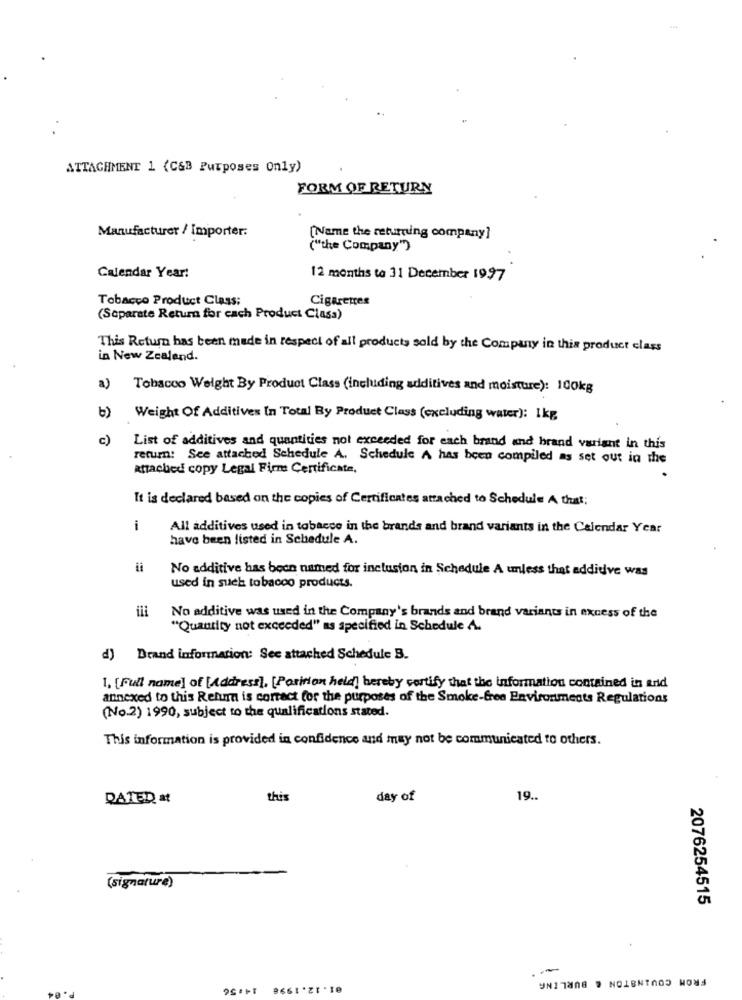
ATTACHMENT 1 (C&B Purposes Only)
FORM OF RETURN
Manufacturer / Importer:
[Name the returning company]
("the Company")
Calendar Year:
12 months to 31 December 1997
Tobacco Product Class:
Cigarettes
(Separate Return for cach Product Class)
This Return has been made in respect of all products sold by the Company in this product class
in New Zealand.
a)
Tobacco Weight By Product Class (including additives and moisture): 100kg
b)
Weight Of Additives In Total By Product Class (excluding water): 1kg
c)
List of additives and quantities not exceeded for each brand and brand variant in this
return: See attached Schedule A. Schedule A has been compiled as set out in the
attached copy Legal Firms Certificate,
It is declared based on the copies of Certificates attached to Schedule A that;
i
All additives used in tobacce in the brands and brand variants in the Calendar Year
have been listed in Schedule A.
No additive has been named for inclusion in Schedule A unless that additive was
used in such tobacco products.
No additive was used in the Company's brands and brand variants in excess of the
"Quantity not exceeded" as specified in Schedule A.
d) Deand information: See attached Schedule B.
1. [Full name] of [Address], [Parition held] hereby certify that the information contained in and
annexed to this Refur is correct for the purposes of the Smoke-free Environments Regulations
(No.2) 1990, subject to the qualifications stated.
This information is provided in confidence and may not be communicated to others.
DATED at
this
day of
19 ..
(signature)
2076254515
01.12.1998
FROM COVINGTON & BURLING